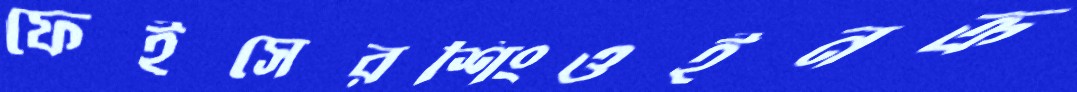
ফেইসেরশিংওইনক্র